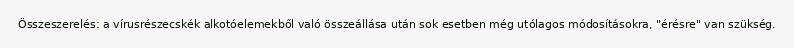
Összeszerelés: a vírusrészecskék alkotóelemekből való összeállása után sok esetben még utólagos módosításokra, "érésre" van szükség.